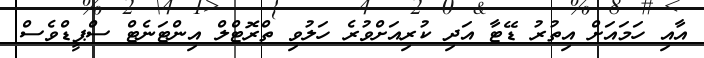
އާއި ހަމައަށް އިތުރު ޑޭޓާ އަދި ކުރިއަށްވުރެ ހަލުވި ތްރޮޓްލް އިންޓަނެޓް ސްޕީޑްވެސް